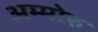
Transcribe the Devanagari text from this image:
अम्मोरु